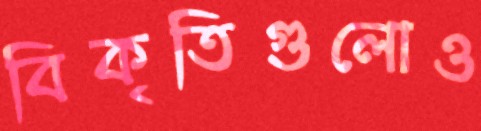
বিকৃতিগুলোও